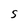
Character: s